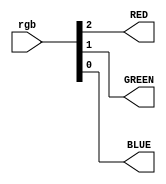
module triled (RED,GREEN,BLUE
,rgb);
output RED;
output GREEN;
output BLUE;
input [2:0] rgb;
assign {RED, GREEN, BLUE}=rgb;
endmodule